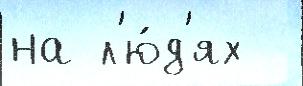
на л'ю́д'ях